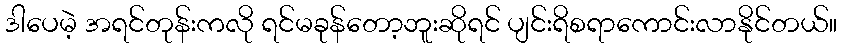
ဒါပေမဲ့ အရင်တုန်းကလို ရင်မခုန်တော့ဘူးဆိုရင် ပျင်းရိစရာကောင်းလာနိုင်တယ်။